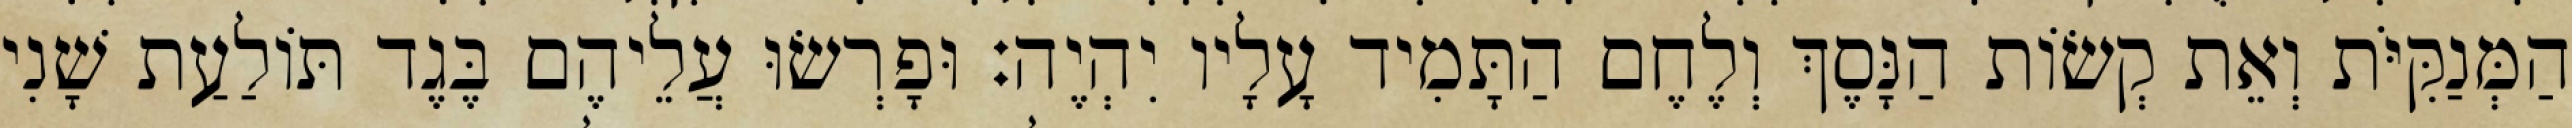
הַמְּנַקִּיֹּת וְאֵת קְשׂוֹת הַנָּסֶךְ וְלֶחֶם הַתָּמִיד עָלָיו יִהְיֶה׃ וּפָרְשׂוּ עֲלֵיהֶם בֶּגֶד תּוֹלַעַת שָׁנִי